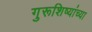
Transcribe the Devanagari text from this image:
गुरूशिष्यांच्या